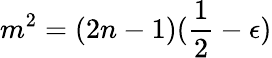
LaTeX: m^{2}=(2n-1)(\frac{1}{2}-\epsilon)